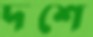
দশে